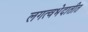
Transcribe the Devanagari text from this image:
लगत्वभेदातीत